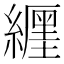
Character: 𦆑